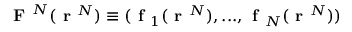
\textbf { F } ^ { N } ( \textbf { r } ^ { N } ) \equiv ( \textbf { f } _ { 1 } ( \textbf { r } ^ { N } ) , . . . , \textbf { f } _ { N } ( \textbf { r } ^ { N } ) )